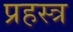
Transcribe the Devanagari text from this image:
प्रहस्त्र